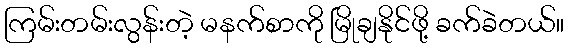
ကြမ်းတမ်းလွန်းတဲ့ မနက်စာကို မြိုချနိုင်ဖို့ ခက်ခဲတယ်။